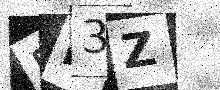
Text: DM3Z